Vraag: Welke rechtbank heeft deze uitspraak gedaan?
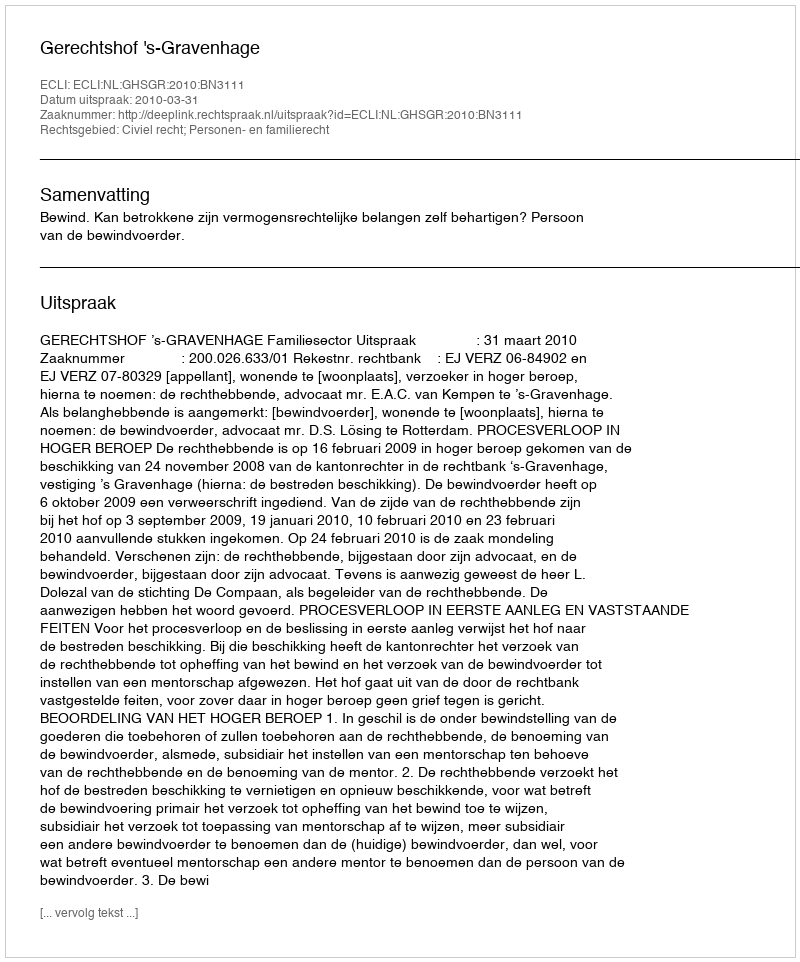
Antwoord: Gerechtshof 's-Gravenhage